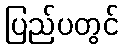
ပြည်ပတွင်